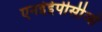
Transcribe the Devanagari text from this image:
एनईईपीसीओ